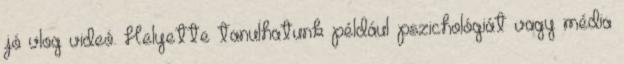
jó vlog videó. Helyette tanulhatunk például pszichológiát vagy média